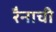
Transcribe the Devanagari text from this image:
रैनाची